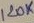
Text: 120K